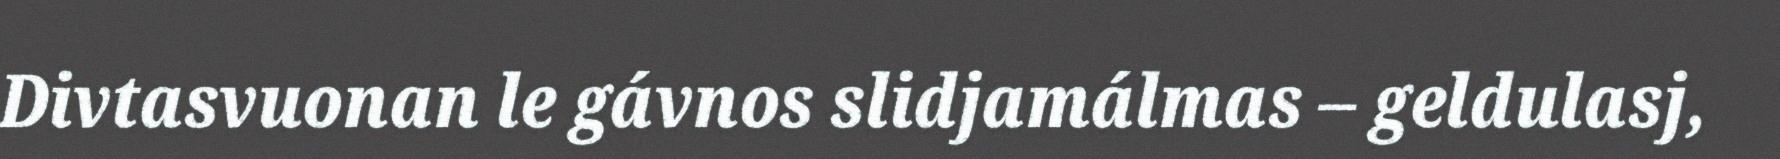
Divtasvuonan le gávnos slidjamálmas – geldulasj,